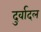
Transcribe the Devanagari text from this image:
दुर्वादल